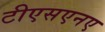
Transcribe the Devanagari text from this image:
टीएसएनए